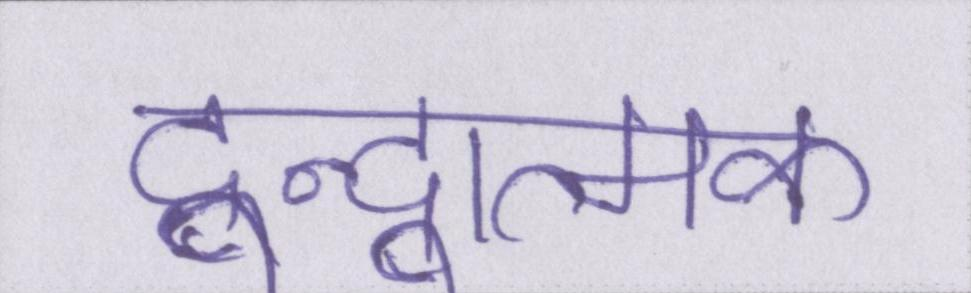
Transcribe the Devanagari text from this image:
द्वन्द्वात्मक